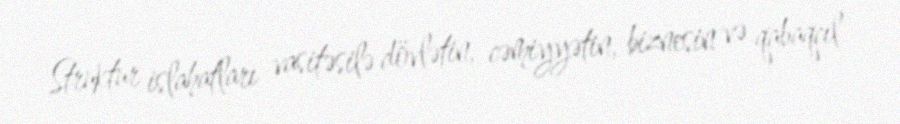
Struktur islahatları vasitəsilə dövlətin, cəmiyyətin, biznesin və qabaqcıl